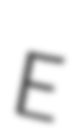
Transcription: E